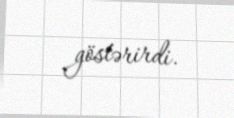
göstərirdi.